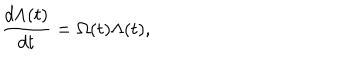
\frac { d \Lambda ( t ) } { d t } = \Omega ( t ) \Lambda ( t ) ,